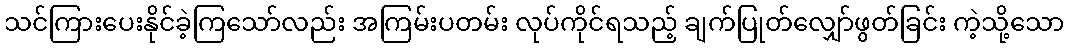
သင်ကြားပေးနိုင်ခဲ့ကြသော်လည်း အကြမ်းပတမ်း လုပ်ကိုင်ရသည့် ချက်ပြုတ်လျှော်ဖွတ်ခြင်း ကဲ့သို့သော